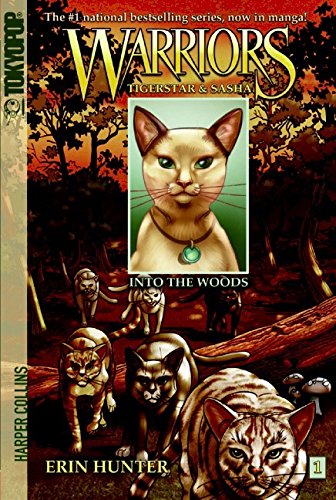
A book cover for Into the Woods (Warriors: Tigerstar and Sasha, No. 1); Erin Hunter; Children's Books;